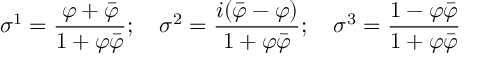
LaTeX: \sigma ^ { 1 } = \frac { \varphi + \bar { \varphi } } { 1 + \varphi \bar { \varphi } } ; ~ ~ ~ \sigma ^ { 2 } = \frac { i ( \bar { \varphi } - \varphi ) } { 1 + \varphi \bar { \varphi } } ; ~ ~ ~ \sigma ^ { 3 } = \frac { 1 - \varphi \bar { \varphi } } { 1 + \varphi \bar { \varphi } }